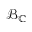
{ \mathcal { B } } _ { \mathbb { C } }